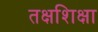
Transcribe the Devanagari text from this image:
तक्षशिक्षा